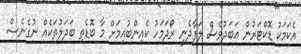
އެކަމަކު ޑޮކްޓަރުން އަބަދުވެސް ލަފާދެނީ ރޯދަމަހު ކެއިންބުއިމަށް މާ ބޮޑެތި ބަދަލުތަކެއް ނުގެނެސް